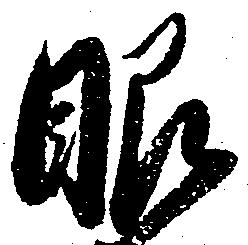
眼